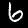
Label: 6